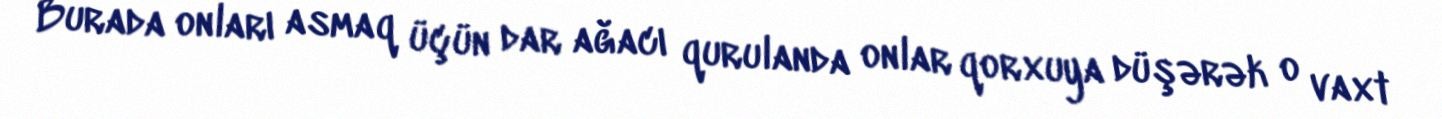
Burada onları asmaq üçün dar ağacı qurulanda onlar qorxuya düşərək o vaxt